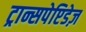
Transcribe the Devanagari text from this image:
ट्रान्सपेप्टिडेज़